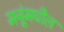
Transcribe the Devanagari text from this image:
मनूंमधील